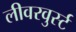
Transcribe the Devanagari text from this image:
लीवरवुर्स्ट